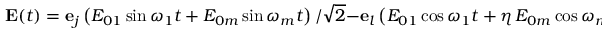
{ \bf E } ( t ) = \mathbf { e } _ { j } \left( { E } _ { 0 1 } \sin \omega _ { 1 } t + { E } _ { 0 m } \sin \omega _ { m } t \right) / \sqrt { 2 } - \mathbf { e } _ { l } \left( { E } _ { 0 1 } \cos \omega _ { 1 } t + \eta \, { E } _ { 0 m } \cos \omega _ { m } t \right) / \sqrt { 2 } ,